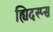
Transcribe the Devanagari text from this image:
ह्यिदस्प्स